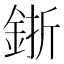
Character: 𨦬